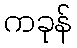
ကခုန်